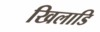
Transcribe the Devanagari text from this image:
खिलाडि